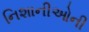
નિશાનીઓની